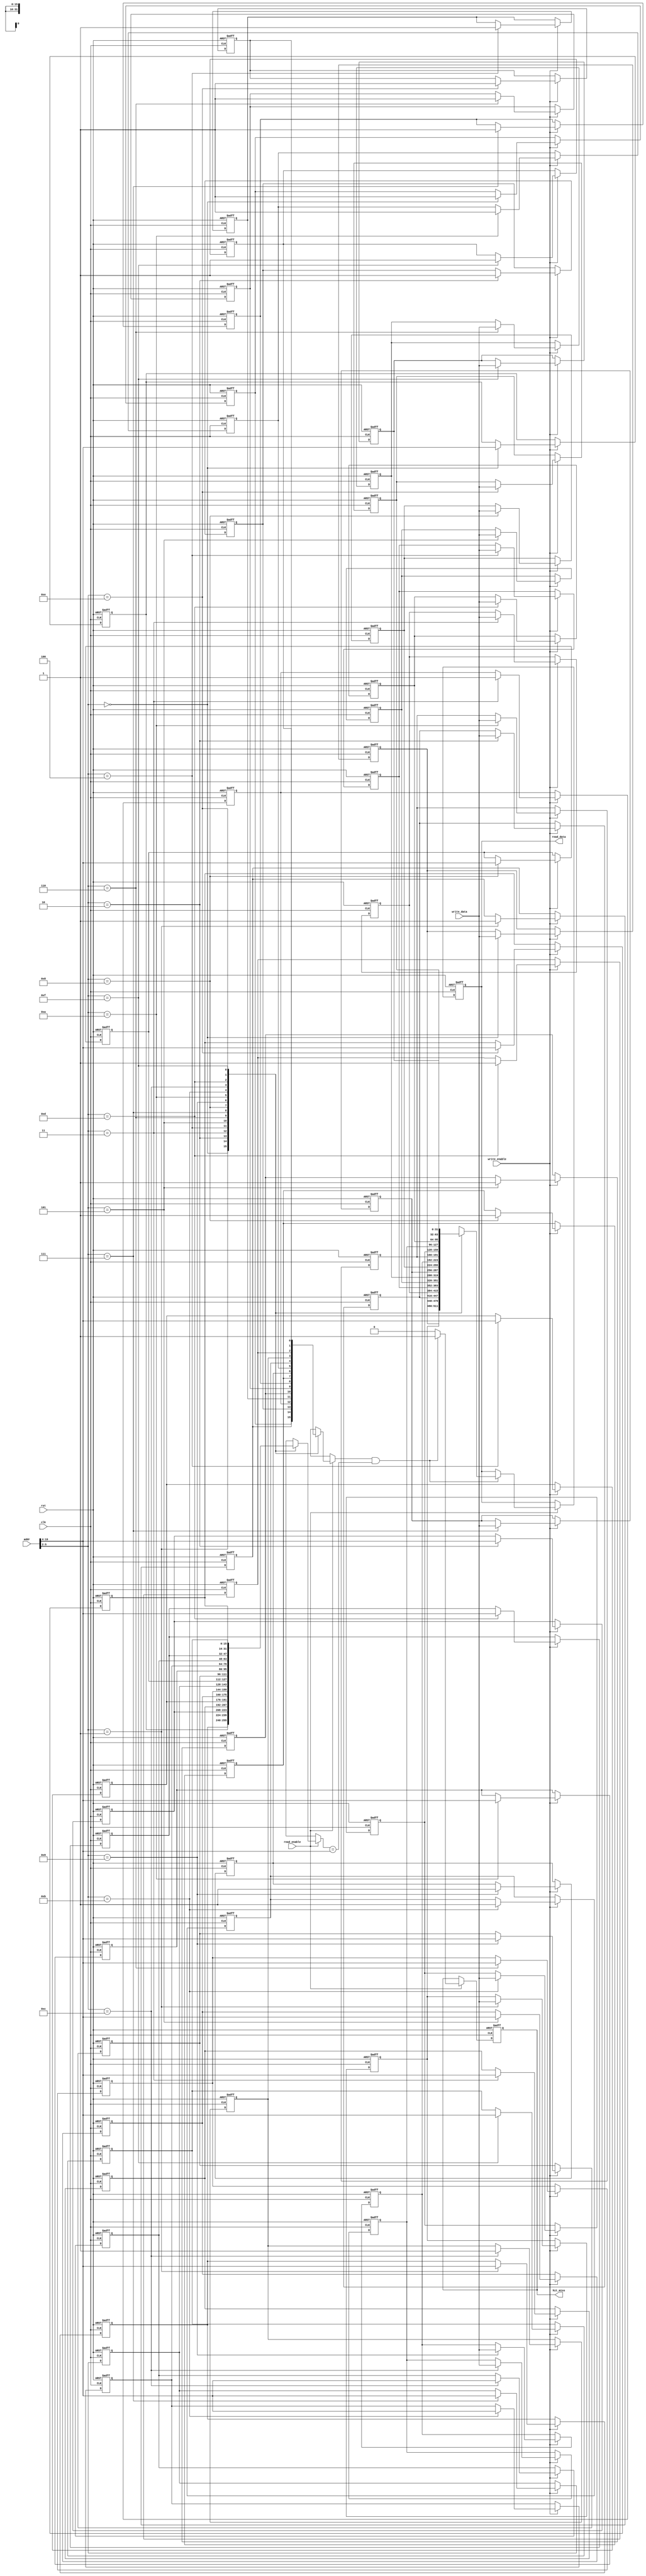
module CacheIOBlock #(
    parameter CACHE_SIZE = 16,    // Number of cache lines
    parameter LINE_SIZE = 32,      // Bytes per cache line
    parameter NUM_SETS = CACHE_SIZE / 4,
    parameter TAG_WIDTH = 16,       // Assuming 16 bits for address, adjust as needed
    parameter ADDR_WIDTH = 20       // Total address width
)(
    input wire clk,
    input wire rst,
    input wire [ADDR_WIDTH-1:0] addr, // Address for read/write
    input wire [LINE_SIZE-1:0] write_data, // Data to write
    input wire read_enable,
    input wire write_enable,
    output reg [LINE_SIZE-1:0] read_data, // Data read from cache
    output reg hit_miss            // 1 for hit, 0 for miss
);

    // Cache line structure
    reg [LINE_SIZE-1:0] cache_data [0:CACHE_SIZE-1]; // Cache data
    reg [TAG_WIDTH-1:0] tags [0:CACHE_SIZE-1];       // Tags for each cache line
    reg valid [0:CACHE_SIZE-1];                       // Valid bits for each cache line

    // Address decomposition
    wire [ADDR_WIDTH-1:0] index = addr[ADDR_WIDTH-1:2];  // Lower bits for index
    wire [TAG_WIDTH-1:0] tag = addr[ADDR_WIDTH-1:ADDR_WIDTH-TAG_WIDTH]; // Upper bits for tag

    integer i;

    always @(posedge clk or posedge rst) begin
        if (rst) begin
            // Reset cache
            for (i = 0; i < CACHE_SIZE; i = i + 1) begin
                valid[i] <= 0;
                tags[i] <= 0;
                cache_data[i] <= 0;
            end
            read_data <= 0;
            hit_miss <= 0;
        end else begin
            // Read operation
            if (read_enable) begin
                // Check for hits
                if (valid[index] && tags[index] == tag) begin
                    read_data <= cache_data[index];
                    hit_miss <= 1; // Cache hit
                end else begin
                    hit_miss <= 0; // Cache miss, read_data will not be valid
                end
            end

            // Write operation
            if (write_enable) begin
                // Write data into cache and update tag
                cache_data[index] <= write_data;
                tags[index] <= tag;
                valid[index] <= 1; // Mark line as valid
            end
        end
    end

endmodule